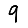
Digit: 9